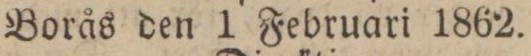
Borås den 1 Februari 1862.